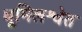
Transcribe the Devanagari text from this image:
धूमिलश्वेत